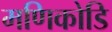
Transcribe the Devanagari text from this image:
मणिकोडि